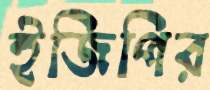
ইজিপির